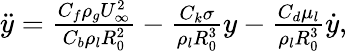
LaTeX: \begin{array}{r}{\ddot{y}=\frac{C_{f}\rho_{g}U_{\infty}^{2}}{C_{b}\rho_{l}R_{0}^{2}}-\frac{C_{k}\sigma}{\rho_{l}R_{0}^{3}}y-\frac{C_{d}\mu_{l}}{\rho_{l}R_{0}^{3}}\dot{y},}\end{array}